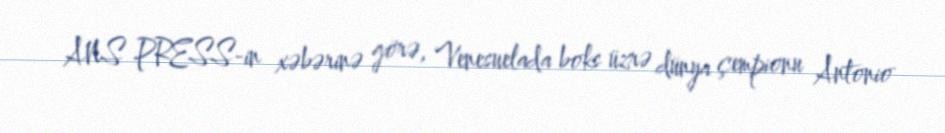
ANS PRESS-in xəbərinə görə, Venesuelada boks üzrə dünya çempionu Antonio